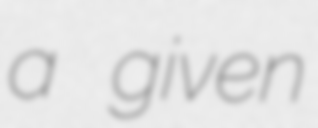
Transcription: a given